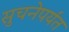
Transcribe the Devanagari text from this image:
सुचनेपर्यंत